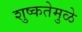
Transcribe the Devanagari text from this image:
शुष्कतेमुळे